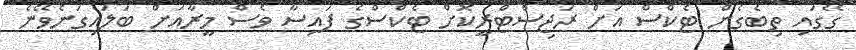
ގޭގައި ތިބެގެން ޓެކްސް އަށް ރަޖިސްޓްރީކޮށް ޓެކްސްގެ ފައިސާ ވެސް މީރާއަށް ބަލައިގަނެވޭނެ